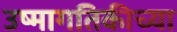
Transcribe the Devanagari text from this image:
उष्मागतिकीच्या